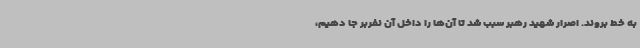
به خط بروند. اصرار شهید رهبر سبب شد تا آن‌ها را داخل آن نفربر جا دهیم،